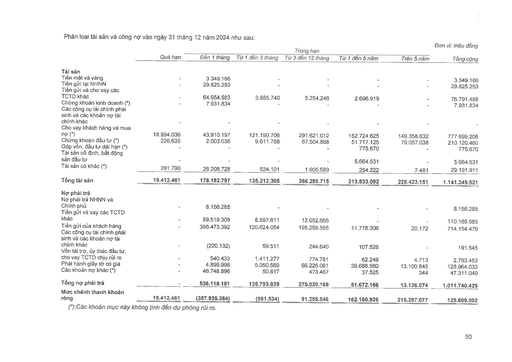
|||||Trong hạn|||| |---|---|---|---|---|---|---|---| ||Quá hạn|Đến 1 tháng|Từ 1 đến 3 tháng|Tiếp 3 đến 12 tháng|Từ 1 đến 5 năm|Trên 5 năm|Tổng cộng| |Tài sản|||||||| |Tiền mặt và vàng|-|3.349.166|-|-|-|-|3.349.166| |Tiền gửi tại NHNN|-|29.825.253|-|-|-|-|29.825.253| |Tiền gửi và cho vay các|||||||| |TCTD khác|-|64.954.583|3.885.740|5.254.246|2.696.919|-|76.791.488| |Chứng khoán kinh doanh (*)|-|7.931.834|-|-|-|-|7.931.834| |Các công cụ tài chính phái sinh và các khoản nợ tài|||||||| |chính khác|-|-|-|-|-|-|| |Cho vay khách hàng và mua nợ (*)|18.894.036|43.910.197|121.190.706|291.621.012|152.724.625|149.358.632|777.699.208| |Chứng khoán đầu tư (*)|226.635|2.003.036|9.611.758|67.504.868|51.717.125|79.057.038|210.120.460| |Góp vốn, đầu tư dài hạn (*)|-|-|-|-|775.670|-|775.670| |Tài sản cố định, bất động sản đầu tư|-|-|-|-|5.664.531|-|5.664.531| |Tài sản có khác (*)|291.790|26.208.728|524.101|1.905.589|254.222|7.481|29.191.911| |Tổng tài sản|19.412.461|178.182.797|135.212.305|366.285.715|213.833.092|228.423.151|1.141.349.521| |Nợ phải trả|||||||| |Nợ phải trả NHNN và Chính phủ|-|8.156.285|-|-|-|-|8.156.285| |Tiền gửi và vay các TCTD khác|-|89.519.309|8.597.611|12.052.665|-|-|110.169.585| |Tiền gửi của khách hàng|-|386.473.392|120.624.054|195.258.555|11.778.306|20.172|714.154.479| |Các công cụ tài chính phái sinh và các khoản nợ tài chính khác|-|(220.132)|59.511|244.640|107.526|-|191.545| |Vốn tài trợ, ủy thác đầu tư, cho vay TCTD chịu rủi ro|-|540.433|1.411.277|774.781|62.249|4.713|2.793.453| |Phát hành giấy tờ có giá|-|4.899.998|5.050.569|66.226.061|39.686.560|13.100.845|128.964.033| |Các khoản nợ khác (*)|-|46.748.896|50.817|473.467|37.525|344|47.311.049| |Tổng nợ phải trả|-|536.118.181|135.793.839|275.030.169|51.672.166|13.126.074|1.011.740.429| |Mức chênh thanh khoản ròng|19.412.461|(357.935.384)|(581.534)|91.255.546|162.160.926|215.297.077|129.609.092|